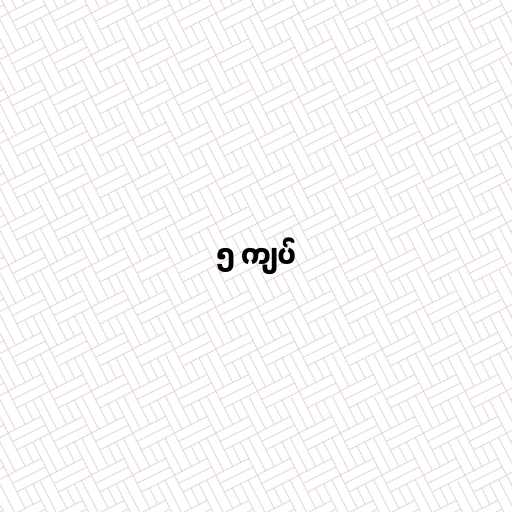
၅ ကျပ်